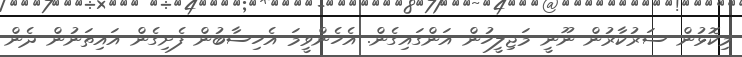
މިކޮޅުން ސަރުކާރުން ނޫނީ މަޖިލީހުން އަންގައިގެން. އެހެންވީމަ އެހިސާބުން ފެށިގެން އައިތަނުން ދެން